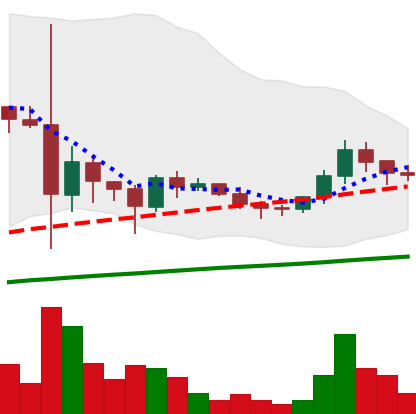
Ticker: DOGE-USD
Chart end date: 2021-06-05
Forward return: -12.313%
Label: down_7plus